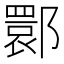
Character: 𬪗